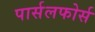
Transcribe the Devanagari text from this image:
पार्सलफोर्स